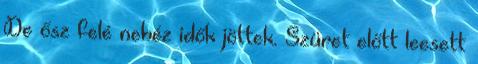
De ősz felé nehéz idők jöttek. Szüret előtt leesett